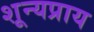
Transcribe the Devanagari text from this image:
शून्यप्राय